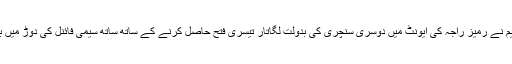
جواب میں ایک موقع پر 9 رنز پر دو وکٹوں سے محروم ہونے والی ٹیم نے رمیز راجہ کی ایونٹ میں دوسری سنچری کی بدولت لگاتار تیسری فتح حاصل کرنے کے ساتھ ساتھ سیمی فائنل کی دوڑ میں بھی نام شامل کر لیا لیکن اسے ایک بار پھر قسمت کی مدد درکار تھی۔